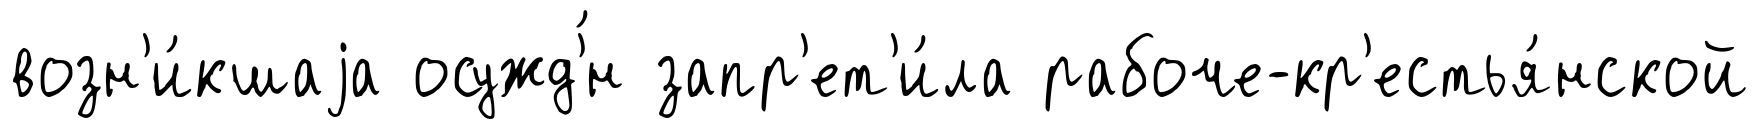
возн'и́кшаjа осужд'́н запр'ет'и́ла рабоче-кр'естья́нской